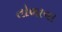
તોળાવા